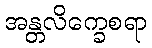
အန္တလိက္ခေစရာ